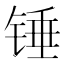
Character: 锤